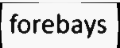
forebays